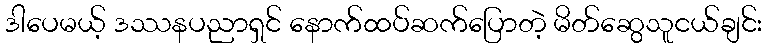
ဒါပေမယ့် ဒဿနပညာရှင် နောက်ထပ်ဆက်ပြောတဲ့ မိတ်ဆွေသူငယ်ချင်း